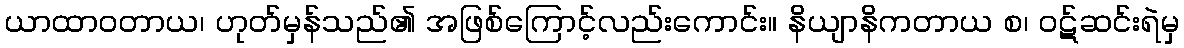
ယာထာဝတာယ၊ ဟုတ်မှန်သည်၏ အဖြစ်ကြောင့်လည်းကောင်း။ နိယျာနိကတာယ စ၊ ဝဋ်ဆင်းရဲမှ